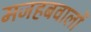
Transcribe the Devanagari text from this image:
मजहबवालों